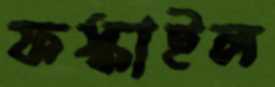
ফস্‌কাইল